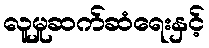
လူမှုဆက်ဆံရေးနှင့်